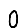
Digit: 0